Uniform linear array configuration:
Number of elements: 48
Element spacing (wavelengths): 0.25
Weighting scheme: cosine
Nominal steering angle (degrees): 30
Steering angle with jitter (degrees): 28.356
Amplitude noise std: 0.05
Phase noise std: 0.05

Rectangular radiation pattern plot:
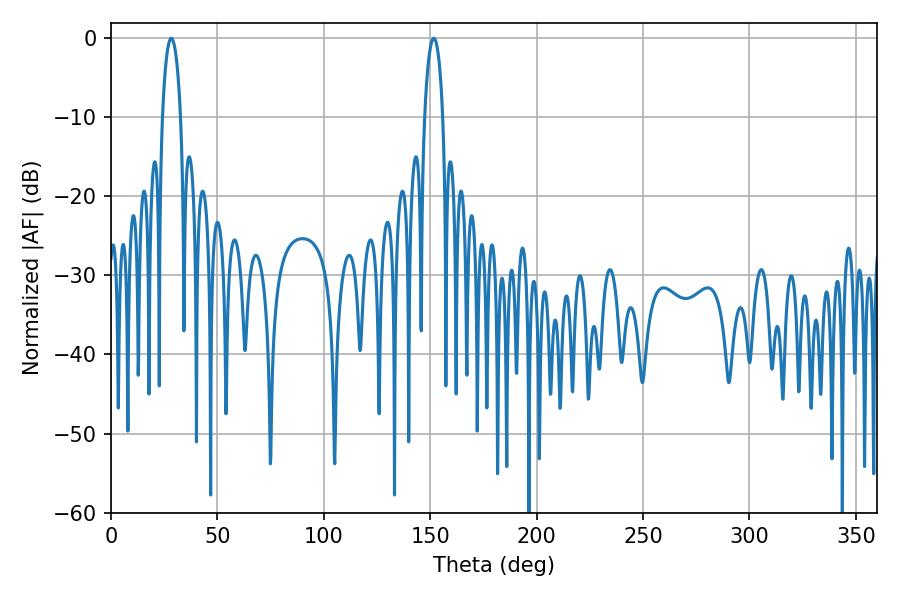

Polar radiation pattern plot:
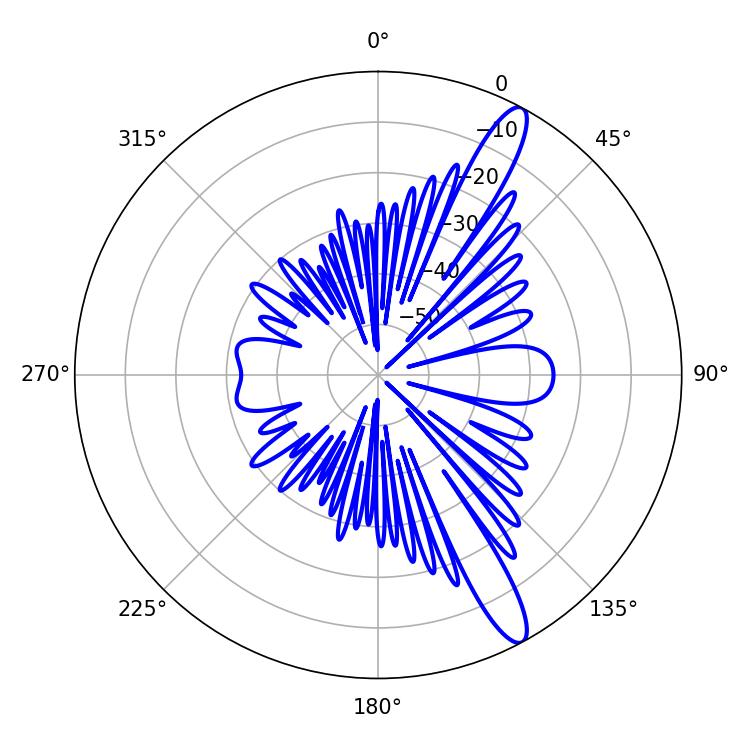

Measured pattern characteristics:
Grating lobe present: FALSE
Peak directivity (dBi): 13.436
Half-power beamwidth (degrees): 4.86
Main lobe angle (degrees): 28.26